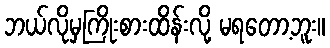
ဘယ်လိုမှကြိုးစားထိန်းလို့ မရတော့ဘူး။